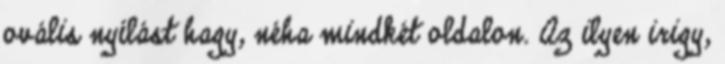
ovális nyílást hagy, néha mindkét oldalon. Az ilyen irigy,